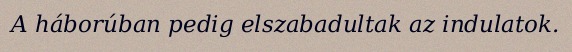
A háborúban pedig elszabadultak az indulatok.